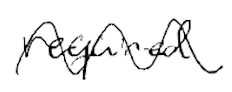
Text: required
Cross-out: wave
Writing tool: digital_black